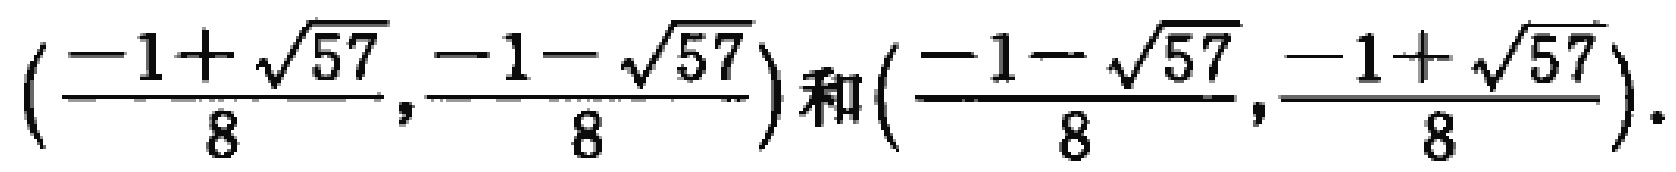
$\left(\frac{-1 + \sqrt{57}}{8}, \frac{-1 - \sqrt{57}}{8}\right)和\left(\frac{-1 - \sqrt{57}}{8}, \frac{-1 + \sqrt{57}}{8}\right).$